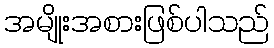
အမျိုးအစားဖြစ်ပါသည်